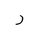
Letter: _ra